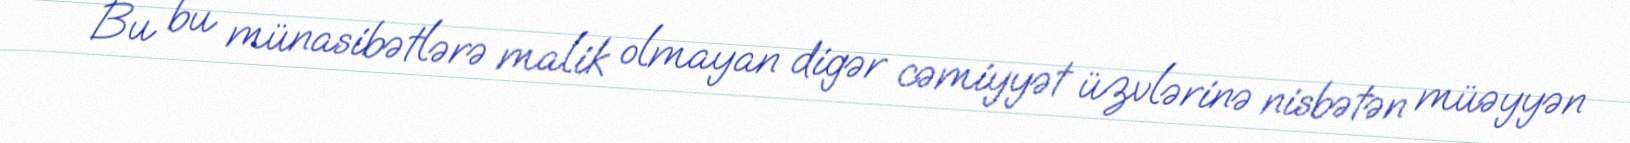
Bu bu münasibətlərə malik olmayan digər cəmiyyət üzvlərinə nisbətən müəyyən